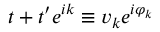
t + t ^ { \prime } e ^ { i k } \equiv v _ { k } e ^ { i \varphi _ { k } }